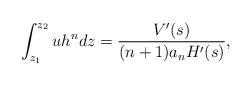
LaTeX: \begin{align*}\int_{z_1}^{z_2} u h^n dz=\frac{V'(s)}{(n+1) a_n H'(s)},\end{align*}